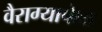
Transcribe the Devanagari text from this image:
वैराग्यापेक्षा